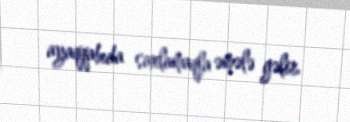
ayaqqabıda saxlamaqla əmələ gəlir.